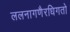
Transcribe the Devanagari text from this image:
ललनागणैरधिगतो